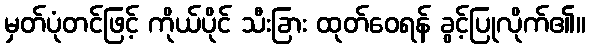
မှတ်ပုံတင်ဖြင့် ကိုယ်ပိုင် သီးခြား ထုတ်ဝေရန် ခွင့်ပြုလိုက်၏။